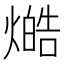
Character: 𤏔